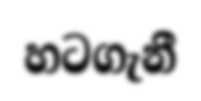
හටගැනී